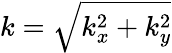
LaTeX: k=\sqrt{k_{x}^{2}+k_{y}^{2}}